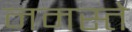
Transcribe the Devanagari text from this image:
नमस्‍ते